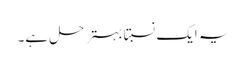
یہ ایک نسبتاًبہتر حل ہے۔